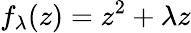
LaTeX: f_{\lambda}(z)=z^{2}+\lambda z